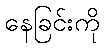
နေခြင်းကို